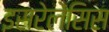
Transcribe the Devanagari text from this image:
इसरेलेंसिस